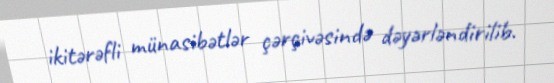
ikitərəfli münasibətlər çərçivəsində dəyərləndirilib.